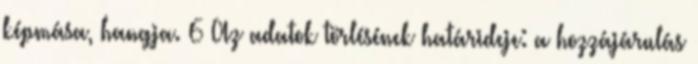
képmása, hangja. 6 Az adatok törlésének határideje: a hozzájárulás